Report on lock hospitals in British Burma
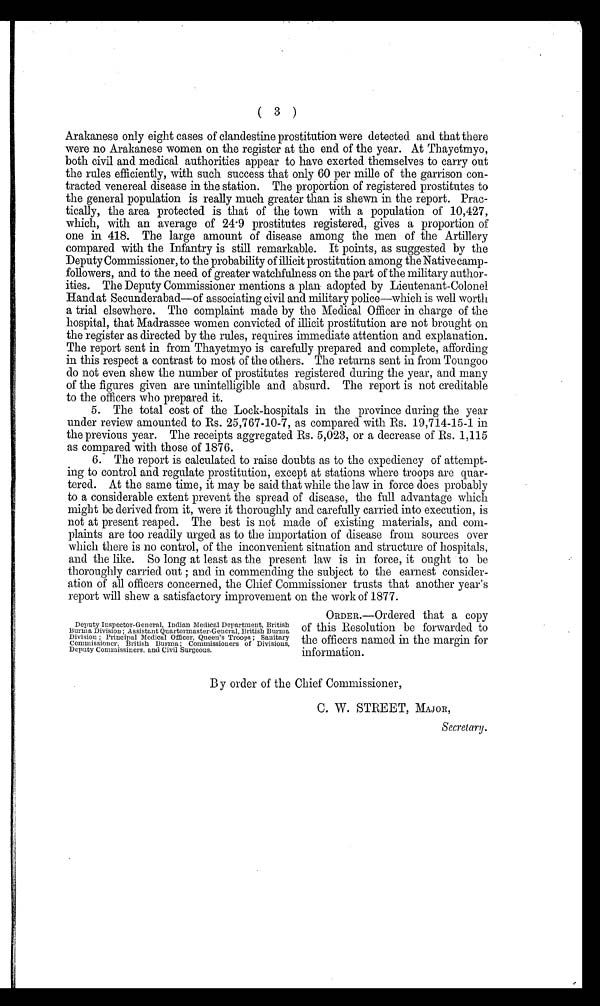
( 3 )
Arakanese only eight cases of clandestine prostitution were detected and that there
were no Arakanese women on the register at the end of the year. At Thayetmyo,
both civil and medical authorities appear to have exerted themselves to carry out
the rules efficiently, with such success that only 60 per mile of the garrison con-
tracted venereal disease in the station. The proportion of registered prostitutes to
the general population is really much greater than is shewn in the report. Prac
tically, the area protected is that of the town with a population of 10,427,
which, with an average of 24.9 prostitutes registered, gives a proportion of
o n e i n . 4 1 8 . T h e l a r g e a m o u n t o f d i s e a s e a m o n g t h e m e n o f t h e A r t i l l e r y
compared with the Infantry is still remarkable. It points, as suggested by the
Deputy Commissioner, to the probability of illicit prostitution among the Native camp-
followers, and to the need of greater watchfulness on the part of the military author-
ities. The Deputy Commissioner mentions a plan adopted by Lieutenant-Colonel
Hand at Secunderabad—of associating civil and military police—which is well worth
a trial elsewhere. The complaint made by the Medical Officer in charge of the
hospital, that Madrassee women convicted of illicit prostitution are not brought on
the register as directed by the rules, requires immediate attention and explanation.
The report sent in from Thayetmyo is carefully prepared and complete, affording
in this respect a contrast to most of the others. The returns sent in from Toungoo
do not even shew the number of prostitutes registered during the year, and many
of the figures given are unintelligible and absurd. The report is not creditable
to the officers who prepared it.
5. The total cost of the Lock-hospitals in the province during the year
under review amounted to Rs. 25,767-10-7, as compared with Rs. 19,714-15-1 in
the previous year. The receipts aggregated Rs. 5,023, or a decrease of Rs. 1,115
as compared with those of 1876.
6. The report is calculated to raise doubts as to the expediency of attempt-
ing to control and regulate prostitution, except at stations where troops are quar-
tered. At the same time, it may be said that while the law in force does probably
to a considerable extent prevent the spread of disease, the full advantage which
might be derived from it, were it thoroughly and carefully carried into execution, is
not at present reaped. The best is not made of existing materials, and com-
plaints are too readily urged as to the importation of disease from sources over
which there is no control, of the inconvenient situation and structure of hospitals,
and the like. So long at least as the present law is in force, it ought to be
thoroughly carried out; and in commending the subject to the earnest consider-
ation of all officers concerned, the Chief Commissioner trusts that another year's
7.
report will shew a satisfactory improvement on the work of 1877.
Deputy Inspector-General, Indian Medical Department, British
Burma Division ; Assistant Quartermaster-General, British Burma
Division ; Principal Medical Officer, Queen's Troops ; Sanitary
Commissioner, British Burma ; Commissioners of Divisions,
Deputy Commissiners, and Civil Surgeons.
ORDER.—Ordered that a copy
of this Resolution be forwarded to
the officers named in the margin for
information.
B y order of the Chief Commissioner,
C. W. STREET, MAJOR,
Secretary.